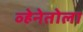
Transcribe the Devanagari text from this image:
व्हेनेतोला